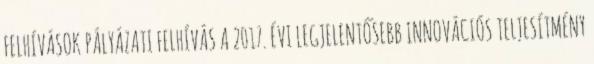
FELHÍVÁSOK PÁLYÁZATI FELHÍVÁS A 2017. ÉVI LEGJELENTŐSEBB INNOVÁCIÓS TELJESÍTMÉNY